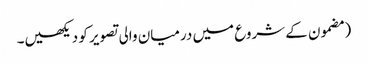
‏ (‏مضمون کے شروع میں درمیان والی تصویر کو دیکھیں۔